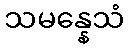
သမန္နေသံ